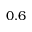
0 . 6